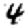
Digit: 4